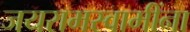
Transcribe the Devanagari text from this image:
जयरामस्वामींना